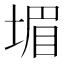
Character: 堳